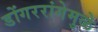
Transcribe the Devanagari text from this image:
डोंगररांगेमुळे